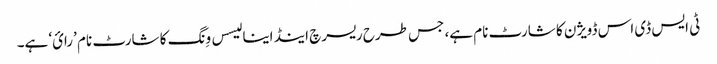
ٹی ایس ڈی اس ڈویژن کا شارٹ نام ہے، جس طرح ریسرچ اینڈ اینا لیسس وِنگ کا شارٹ نام ’رائ‘ ہے۔